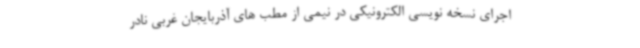
اجرای نسخه نویسی الکترونیکی در نیمی از مطب های آذربایجان غربی نادر